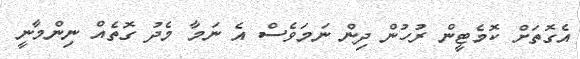
އެގޮތަށް ކޮމެޓީން ރުހުން ދިން ނަމަވެސް އެ ނަމާ މެދު ގޮތެއް ނިންމާނީ